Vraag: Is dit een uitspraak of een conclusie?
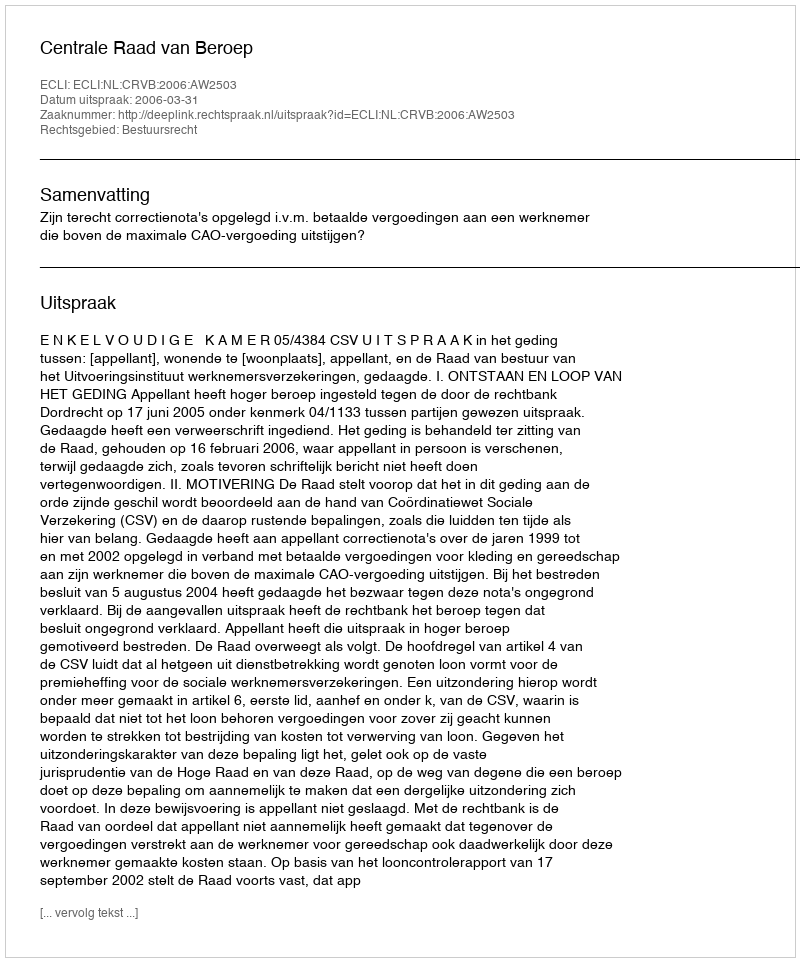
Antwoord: Uitspraak